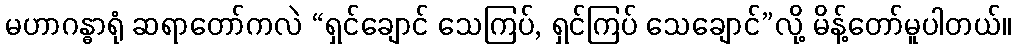
မဟာဂန္ဓာရုံ ဆရာတော်ကလဲ “ရှင်ချောင် သေကြပ်, ရှင်ကြပ် သေချောင်”လို့ မိန့်တော်မူပါတယ်။